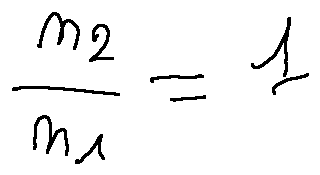
\frac { n _ { 2 } } { n _ { 1 } } = 1